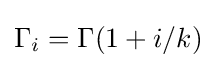
\Gamma _{i}=\Gamma (1+i/k)